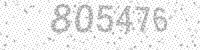
Solution: 805476